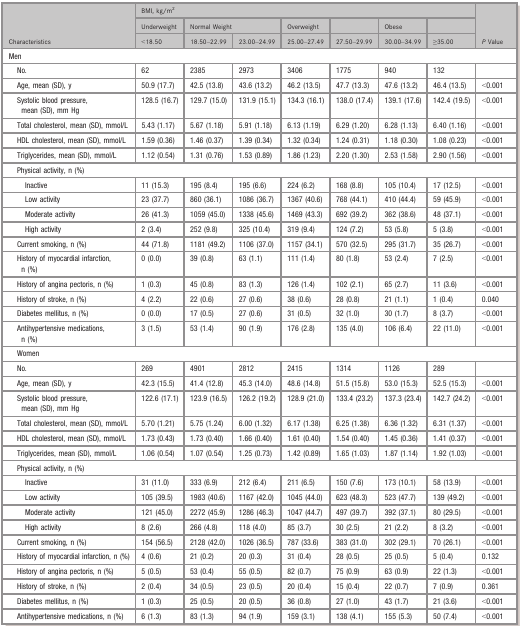
<table><thead><tr><td rowspan="3"><b>Characteristics</b></td><td colspan="7"><b>BMI, kg/m<sup>2</sup></b></td><td rowspan="3"><b><i>P</i> Value</b></td></tr><tr><td><b>Underweight</b></td><td colspan="2"><b>Normal Weight</b></td><td><b>Overweight</b></td><td></td><td><b>Obese</b></td><td></td></tr><tr><td><b>&lt;18.50</b></td><td><b>18.50–22.99</b></td><td><b>23.00–24.99</b></td><td><b>25.00–27.49</b></td><td><b>27.50–29.99</b></td><td><b>30.00–34.99</b></td><td><b>≥35.00</b></td></tr></thead><tbody><tr><td colspan="9">Men</td></tr><tr><td>No.</td><td>62</td><td>2385</td><td>2973</td><td>3406</td><td>1775</td><td>940</td><td>132</td><td></td></tr><tr><td>Age, mean (SD), y</td><td>50.9 (17.7)</td><td>42.5 (13.8)</td><td>43.6 (13.2)</td><td>46.2 (13.5)</td><td>47.7 (13.3)</td><td>47.6 (13.2)</td><td>46.4 (13.5)</td><td>&lt;0.001</td></tr><tr><td>Systolic blood pressure, mean (SD), mm Hg</td><td>128.5 (16.7)</td><td>129.7 (15.0)</td><td>131.9 (15.1)</td><td>134.3 (16.1)</td><td>138.0 (17.4)</td><td>139.1 (17.6)</td><td>142.4 (19.5)</td><td>&lt;0.001</td></tr><tr><td>Total cholesterol, mean (SD), mmol/L</td><td>5.43 (1.17)</td><td>5.67 (1.18)</td><td>5.91 (1.18)</td><td>6.13 (1.19)</td><td>6.29 (1.20)</td><td>6.28 (1.13)</td><td>6.40 (1.16)</td><td>&lt;0.001</td></tr><tr><td>HDL cholesterol, mean (SD), mmol/L</td><td>1.59 (0.36)</td><td>1.46 (0.37)</td><td>1.39 (0.34)</td><td>1.32 (0.34)</td><td>1.24 (0.31)</td><td>1.18 (0.30)</td><td>1.08 (0.23)</td><td>&lt;0.001</td></tr><tr><td>Triglycerides, mean (SD), mmol/L</td><td>1.12 (0.54)</td><td>1.31 (0.76)</td><td>1.53 (0.89)</td><td>1.86 (1.23)</td><td>2.20 (1.30)</td><td>2.53 (1.58)</td><td>2.90 (1.56)</td><td>&lt;0.001</td></tr><tr><td colspan="9">Physical activity, n (%)</td></tr><tr><td>Inactive</td><td>11 (15.3)</td><td>195 (8.4)</td><td>195 (6.6)</td><td>224 (6.2)</td><td>168 (8.8)</td><td>105 (10.4)</td><td>17 (12.5)</td><td>&lt;0.001</td></tr><tr><td>Low activity</td><td>23 (37.7)</td><td>860 (36.1)</td><td>1086 (36.7)</td><td>1367 (40.6)</td><td>768 (44.1)</td><td>410 (44.4)</td><td>59 (45.9)</td><td>&lt;0.001</td></tr><tr><td>Moderate activity</td><td>26 (41.3)</td><td>1059 (45.0)</td><td>1338 (45.6)</td><td>1469 (43.3)</td><td>692 (39.2)</td><td>362 (38.6)</td><td>48 (37.1)</td><td>&lt;0.001</td></tr><tr><td>High activity</td><td>2 (3.4)</td><td>252 (9.8)</td><td>325 (10.4)</td><td>319 (9.4)</td><td>124 (7.2)</td><td>53 (5.8)</td><td>5 (3.8)</td><td>&lt;0.001</td></tr><tr><td>Current smoking, n (%)</td><td>44 (71.8)</td><td>1181 (49.2)</td><td>1106 (37.0)</td><td>1157 (34.1)</td><td>570 (32.5)</td><td>295 (31.7)</td><td>35 (26.7)</td><td>&lt;0.001</td></tr><tr><td>History of myocardial infarction, n (%)</td><td>0 (0.0)</td><td>39 (0.8)</td><td>63 (1.1)</td><td>111 (1.4)</td><td>80 (1.8)</td><td>53 (2.4)</td><td>7 (2.5)</td><td>&lt;0.001</td></tr><tr><td>History of angina pectoris, n (%)</td><td>1 (0.3)</td><td>45 (0.8)</td><td>83 (1.3)</td><td>126 (1.4)</td><td>102 (2.1)</td><td>65 (2.7)</td><td>11 (3.6)</td><td>&lt;0.001</td></tr><tr><td>History of stroke, n (%)</td><td>4 (2.2)</td><td>22 (0.6)</td><td>27 (0.6)</td><td>38 (0.6)</td><td>28 (0.8)</td><td>21 (1.1)</td><td>1 (0.4)</td><td>0.040</td></tr><tr><td>Diabetes mellitus, n (%)</td><td>0 (0.0)</td><td>17 (0.5)</td><td>27 (0.6)</td><td>31 (0.5)</td><td>32 (1.0)</td><td>30 (1.7)</td><td>8 (3.7)</td><td>&lt;0.001</td></tr><tr><td>Antihypertensive medications, n (%)</td><td>3 (1.5)</td><td>53 (1.4)</td><td>90 (1.9)</td><td>176 (2.8)</td><td>135 (4.0)</td><td>106 (6.4)</td><td>22 (11.0)</td><td>&lt;0.001</td></tr><tr><td colspan="9">Women</td></tr><tr><td>No.</td><td>269</td><td>4901</td><td>2812</td><td>2415</td><td>1314</td><td>1126</td><td>289</td><td></td></tr><tr><td>Age, mean (SD), y</td><td>42.3 (15.5)</td><td>41.4 (12.8)</td><td>45.3 (14.0)</td><td>48.6 (14.8)</td><td>51.5 (15.8)</td><td>53.0 (15.3)</td><td>52.5 (15.3)</td><td>&lt;0.001</td></tr><tr><td>Systolic blood pressure, mean (SD), mm Hg</td><td>122.6 (17.1)</td><td>123.9 (16.5)</td><td>126.2 (19.2)</td><td>128.9 (21.0)</td><td>133.4 (23.2)</td><td>137.3 (23.4)</td><td>142.7 (24.2)</td><td>&lt;0.001</td></tr><tr><td>Total cholesterol, mean (SD), mmol/L</td><td>5.70 (1.21)</td><td>5.75 (1.24)</td><td>6.00 (1.32)</td><td>6.17 (1.38)</td><td>6.25 (1.38)</td><td>6.36 (1.32)</td><td>6.31 (1.37)</td><td>&lt;0.001</td></tr><tr><td>HDL cholesterol, mean (SD), mmol/L</td><td>1.73 (0.43)</td><td>1.73 (0.40)</td><td>1.66 (0.40)</td><td>1.61 (0.40)</td><td>1.54 (0.40)</td><td>1.45 (0.36)</td><td>1.41 (0.37)</td><td>&lt;0.001</td></tr><tr><td>Triglycerides, mean (SD), mmol/L</td><td>1.06 (0.54)</td><td>1.07 (0.54)</td><td>1.25 (0.73)</td><td>1.42 (0.89)</td><td>1.65 (1.03)</td><td>1.87 (1.14)</td><td>1.92 (1.03)</td><td>&lt;0.001</td></tr><tr><td colspan="9">Physical activity, n (%)</td></tr><tr><td>Inactive</td><td>31 (11.0)</td><td>333 (6.9)</td><td>212 (6.4)</td><td>211 (6.5)</td><td>150 (7.6)</td><td>173 (10.1)</td><td>58 (13.9)</td><td>&lt;0.001</td></tr><tr><td>Low activity</td><td>105 (39.5)</td><td>1983 (40.6)</td><td>1167 (42.0)</td><td>1045 (44.0)</td><td>623 (48.3)</td><td>523 (47.7)</td><td>139 (49.2)</td><td>&lt;0.001</td></tr><tr><td>Moderate activity</td><td>121 (45.0)</td><td>2272 (45.9)</td><td>1286 (46.3)</td><td>1047 (44.7)</td><td>497 (39.7)</td><td>392 (37.1)</td><td>80 (29.5)</td><td>&lt;0.001</td></tr><tr><td>High activity</td><td>8 (2.6)</td><td>266 (4.8)</td><td>118 (4.0)</td><td>85 (3.7)</td><td>30 (2.5)</td><td>21 (2.2)</td><td>8 (3.2)</td><td>&lt;0.001</td></tr><tr><td>Current smoking, n (%)</td><td>154 (56.5)</td><td>2128 (42.0)</td><td>1026 (36.5)</td><td>787 (33.6)</td><td>383 (31.0)</td><td>302 (29.1)</td><td>70 (26.1)</td><td>&lt;0.001</td></tr><tr><td>History of myocardial infarction, n (%)</td><td>4 (0.6)</td><td>21 (0.2)</td><td>20 (0.3)</td><td>31 (0.4)</td><td>28 (0.5)</td><td>25 (0.5)</td><td>5 (0.4)</td><td>0.132</td></tr><tr><td>History of angina pectoris, n (%)</td><td>5 (0.5)</td><td>53 (0.4)</td><td>55 (0.5)</td><td>82 (0.7)</td><td>75 (0.9)</td><td>63 (0.9)</td><td>22 (1.3)</td><td>&lt;0.001</td></tr><tr><td>History of stroke, n (%)</td><td>2 (0.4)</td><td>34 (0.5)</td><td>23 (0.5)</td><td>20 (0.4)</td><td>15 (0.4)</td><td>22 (0.7)</td><td>7 (0.9)</td><td>0.361</td></tr><tr><td>Diabetes mellitus, n (%)</td><td>1 (0.3)</td><td>25 (0.5)</td><td>20 (0.5)</td><td>36 (0.8)</td><td>27 (1.0)</td><td>43 (1.7)</td><td>21 (3.6)</td><td>&lt;0.001</td></tr><tr><td>Antihypertensive medications, n (%)</td><td>6 (1.3)</td><td>83 (1.3)</td><td>94 (1.9)</td><td>159 (3.1)</td><td>138 (4.1)</td><td>155 (5.3)</td><td>50 (7.4)</td><td>&lt;0.001</td></tr></tbody></table>